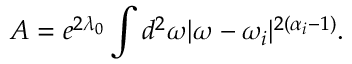
A = e ^ { 2 \lambda _ { 0 } } \int d ^ { 2 } \omega | \omega - \omega _ { i } | ^ { 2 ( \alpha _ { i } - 1 ) } .